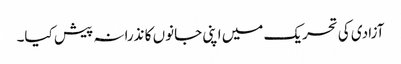
آزادی کی تحریک میں اپنی جانوں کا نذرانہ پیش کیا۔